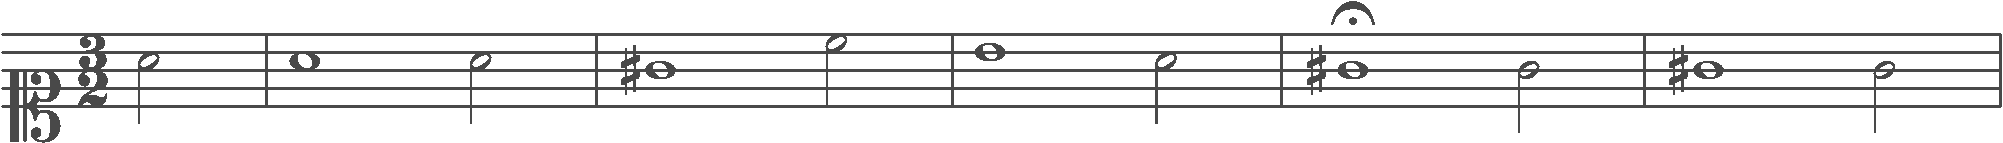
Transcription: clef-C1 timeSignature-3/2 note-A4_half barline note-A4_whole note-A4_half barline note-G#4_whole note-C5_half barline note-B4_whole note-A4_half barline note-G#4_whole_fermata note-G4_half barline note-G#4_whole note-G4_half barline